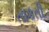
તાકતી